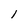
Character: 1